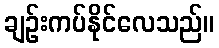
ချဉ်းကပ်နိုင်လေသည်။